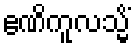
ဧဏိကူလသ္မိံ